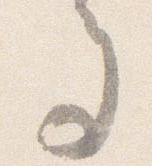
多